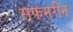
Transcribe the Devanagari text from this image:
सफमरीन